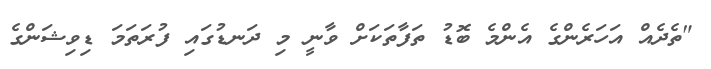
"ތެދެއް އަހަރެންގެ އެންމެ ބޮޑު ތަފާތަކަށް ވާނީ މި ދަނޑުގައި ފުރަތަމަ ޑިވިޝަންގެ